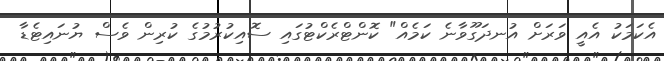
އެކަމަކު އެއީ ވަރަށް އުނދަގޫވާނެ ކަމެއް" ކޮންޓްރެކްޓުގައި ސޮއިކުރުމުގެ ކުރިން ވެސް ޔުނައިޓެޑާ